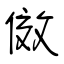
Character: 傚